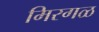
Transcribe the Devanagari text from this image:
मिरगळ